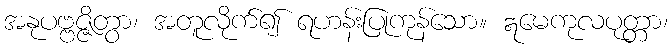
အနုပဗ္ဗဇ္ဇိတွာ၊ အတူလိုက်၍ ရဟန်းပြုကုန်သော။ ဣမေကုလပုတ္တာ၊